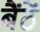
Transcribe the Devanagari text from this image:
बैंठें